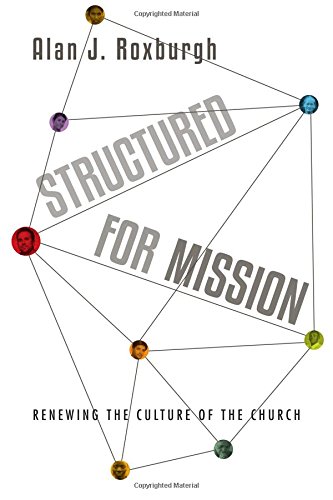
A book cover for Structured for Mission: Renewing the Culture of the Church; Alan J. Roxburgh; Christian Books & Bibles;